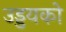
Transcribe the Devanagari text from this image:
उड्डयको